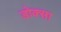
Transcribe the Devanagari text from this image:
डोक्सा